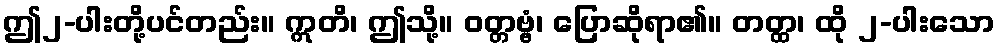
ဤ၂-ပါးတို့ပင်တည်း။ ဣတိ၊ ဤသို့။ ဝတ္တဗ္ဗံ၊ ပြောဆိုရာ၏။ တတ္ထ၊ ထို ၂-ပါးသော